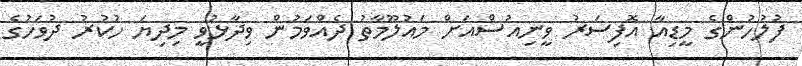
ފުލުހުންގެ މީޑިއާ އޮފިސަރު ވީނިއުސްއަށް މައުލޫމާތު ދެއްވަމުން ވިދާޅުވީ މިދިޔަ ހުކުރު ދުވަހުގެ